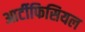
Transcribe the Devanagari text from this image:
आर्टीफिसियल